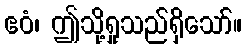
ဧဝံ၊ ဤသို့ရှုသည်ရှိသော်။